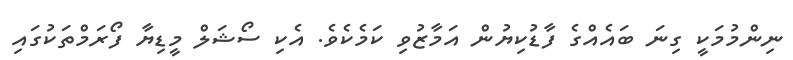
ނިންމުމަކީ ގިނަ ބައެއްގެ ފާޑުކިޔުން އަމާޒުވި ކަމެކެވެ. އެކި ސޯޝަލް މީޑިޔާ ފޯރަމްތަކުގައި